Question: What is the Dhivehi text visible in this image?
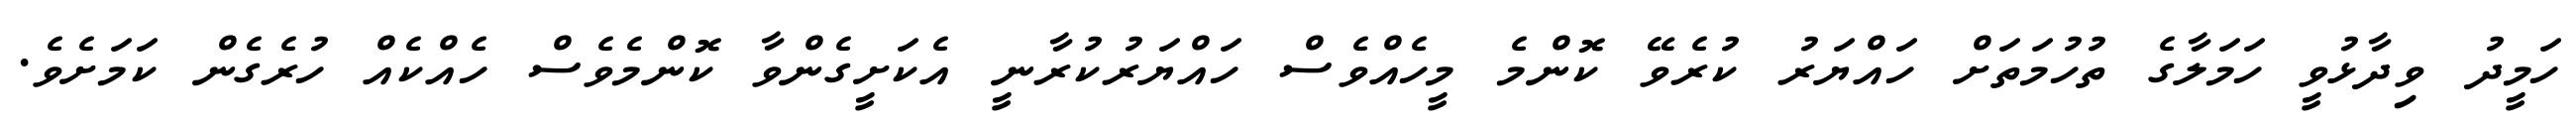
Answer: ހަމީދު ވިދާޅުވީ ހަމަލާގެ ތުހުމަތަށް ހައްޔަރު ކުރެވޭ ކޮންމެ މީހެއްވެސް ހައްޔަރުކުރާނީ އެކަށީގެންވާ ކޮންމެވެސް ހެއްކެއް ހުރެގެން ކަމަށެވެ.